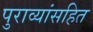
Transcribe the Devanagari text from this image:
पुराव्यांसहित